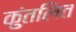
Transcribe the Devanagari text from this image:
कुंतलित